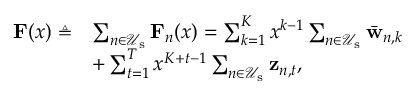
\begin{array} { r l } { \mathbf { F } ( x ) \triangleq } & { \sum _ { n \in \mathcal { U } _ { \mathrm { s } } } \mathbf { F } _ { n } ( x ) = \sum _ { k = 1 } ^ { K } x ^ { k - 1 } \sum _ { n \in \mathcal { U } _ { \mathrm { s } } } \bar { \mathbf { w } } _ { n , k } } \\ & { + \sum _ { t = 1 } ^ { T } x ^ { K + t - 1 } \sum _ { n \in \mathcal { U } _ { \mathrm { s } } } \mathbf { z } _ { n , t } , } \end{array}